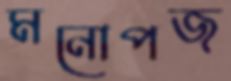
মনোপজ